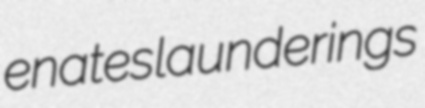
enates launderings